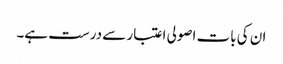
ان کی بات اصولی اعتبار سے درست ہے۔